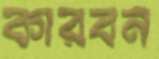
কারবন